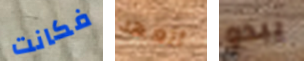
فكانت أتعهد يبدو